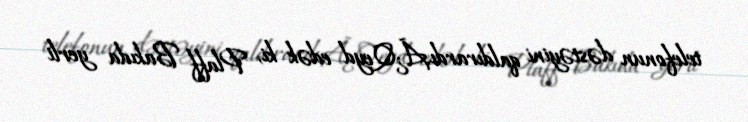
telefonun dəstəyini qaldırardı.Ã¿Qeyd edək ki, Plaff Bakıda yerli